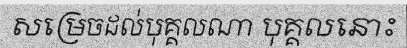
សម្រេចដល់បុគ្គលណា បុគ្គលនោះ